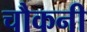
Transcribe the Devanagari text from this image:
चौकनी